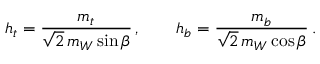
h _ { t } = \frac { m _ { t } } { \sqrt 2 \, m _ { W } \sin \beta } \, , \qquad h _ { b } = \frac { m _ { b } } { \sqrt 2 \, m _ { W } \cos \beta } \, .